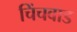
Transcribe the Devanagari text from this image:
चिंचवाड